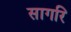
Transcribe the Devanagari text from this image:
सागरि